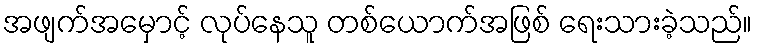
အဖျက်အမှောင့် လုပ်နေသူ တစ်ယောက်အဖြစ် ရေးသားခဲ့သည်။